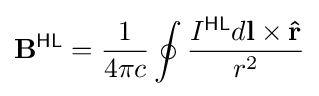
\mathbf {B} ^{\textsf {HL}}={\frac {1}{4\pi c}}\oint {\frac {I^{\textsf {HL}}d\mathbf {l} \times \mathbf {\hat {r}} }{r^{2}}}